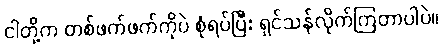
ငါတို့က တစ်ဖက်ဖက်ကိုပဲ စုံရပ်ပြီး ရှင်သန်လိုက်ကြတာပါပဲ။